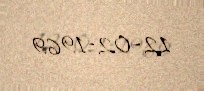
12-02-1969